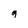
Character: 9